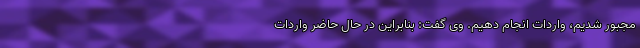
مجبور شدیم، واردات انجام دهیم. وی گفت: بنابراین در حال حاضر واردات